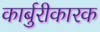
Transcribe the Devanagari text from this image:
कार्बुरीकारक